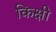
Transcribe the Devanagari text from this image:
किक्षी